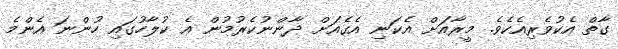
ގާތް އެކުވެރިއެކެވެ. މީރާއަށް އެކަނި އެގެއަށް ދާންނުކެރުމުން އެ ކުލާހުގައި ހުންނަ އެންމެ